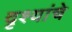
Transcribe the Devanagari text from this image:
दृश्यांचे